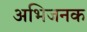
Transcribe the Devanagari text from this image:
अभिजनक